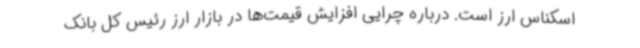
اسکناس ارز است. درباره چرایی افزایش قیمت‌ها در بازار ارز رئیس کل بانک